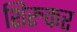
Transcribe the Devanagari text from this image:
शिरुकर